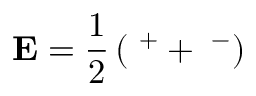
{ \bf { E } } = \frac { 1 } { 2 } \left( { { { \bf { \Psi } } ^ { + } } + { { \bf { \Psi } } ^ { - } } } \right)